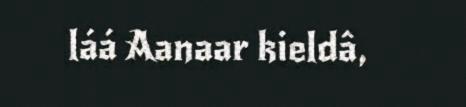
láá Aanaar kieldâ,